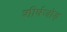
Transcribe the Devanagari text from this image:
शीर्षजोड़